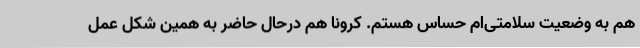
هم به وضعیت سلامتی‌ام حساس هستم. کرونا هم درحال حاضر به همین شکل عمل